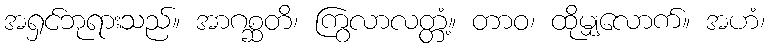
အရှင်ဘုရားသည်။ အာဂစ္ဆတိ၊ ကြွလာလတ္တံ့။ တာဝ၊ ထိုမျှလောက်။ အဟံ၊